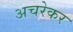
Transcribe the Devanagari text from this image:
अचरेकर